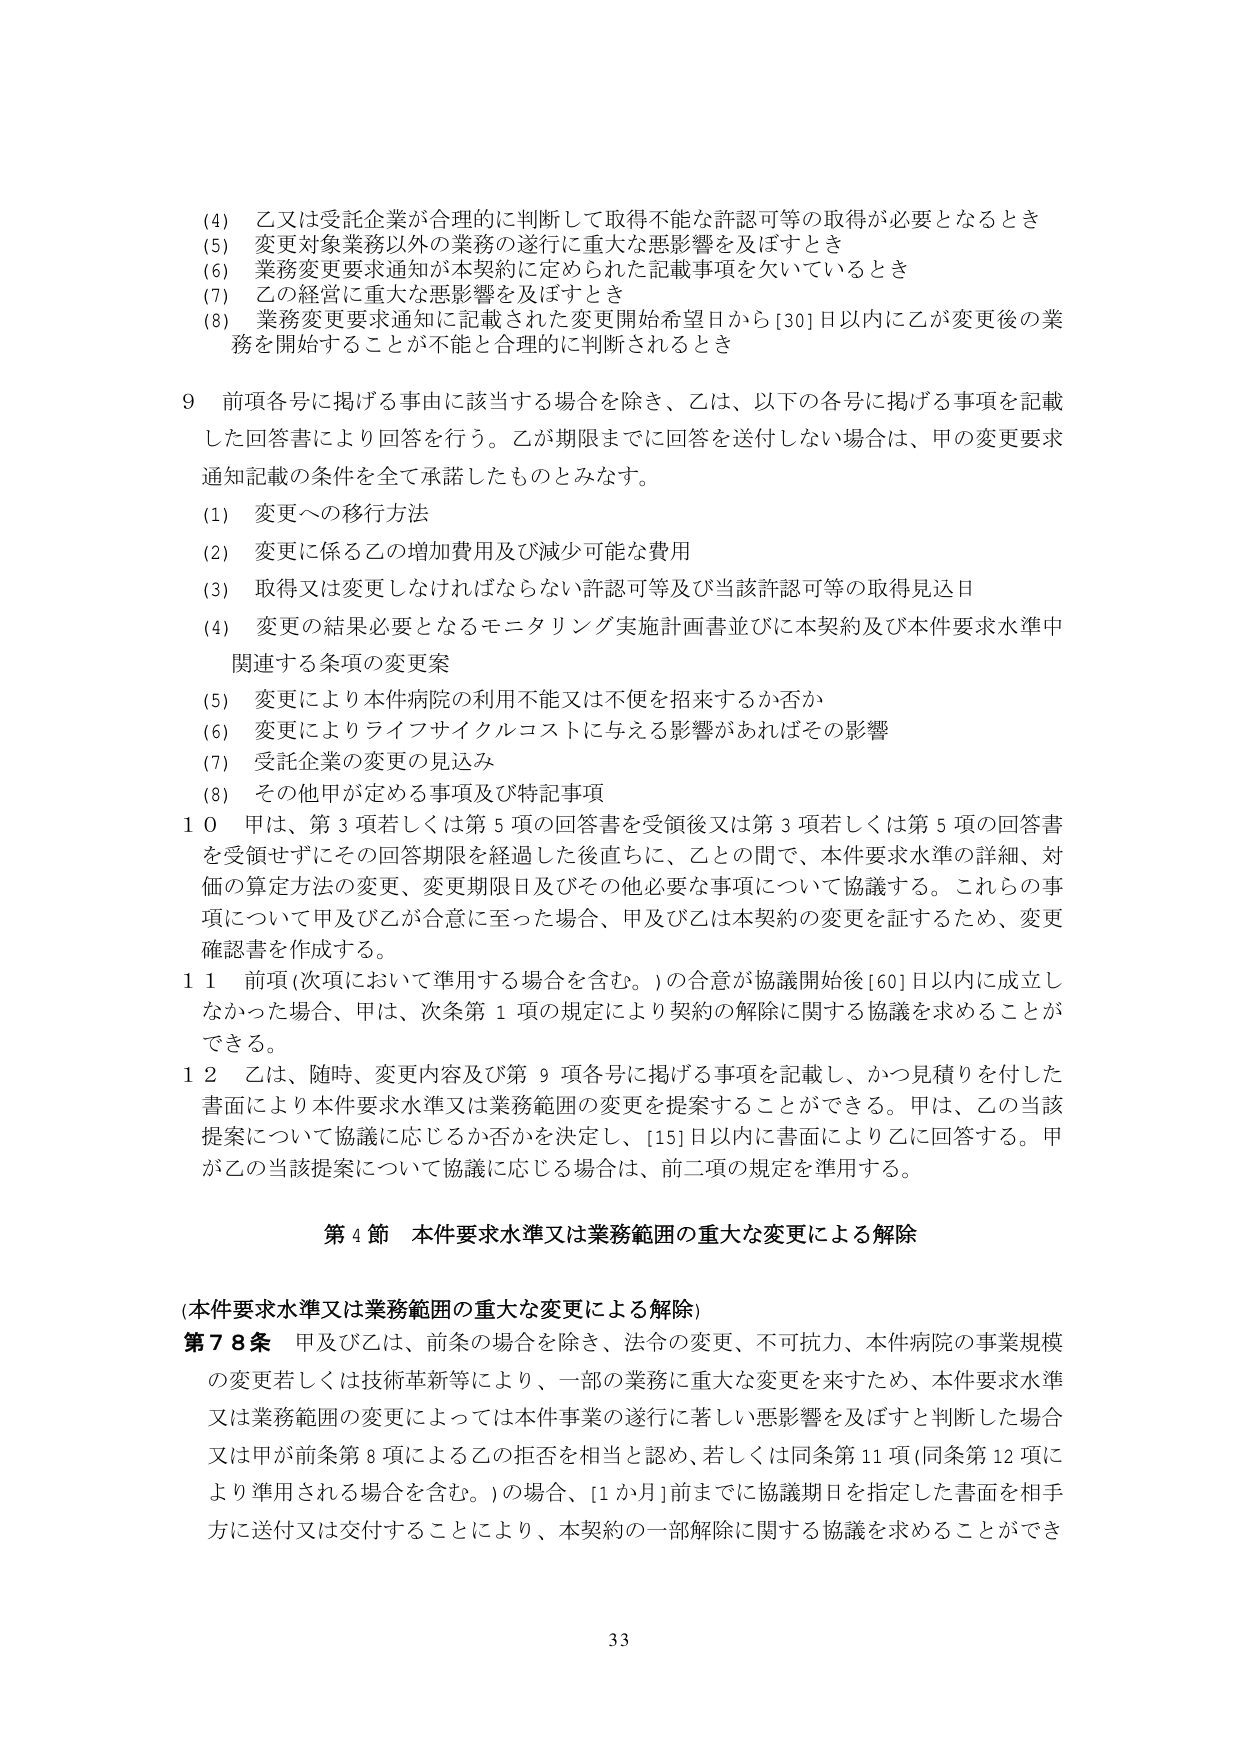
(4) 乙又は受託企業が合理的に判断して取得不能な許認可等の取得が必要となるとき
(5) 変更対象業務以外の業務の遂行に重大な悪影響を及ぼすとき
(6) 業務変更要求通知が本契約に定められた記載事項を欠いているとき
(7) 乙の経営に重大な悪影響を及ぼすとき
(8) 業務変更要求通知に記載された変更開始希望日から[30]日以内に乙が変更後の業務を開始することが不能と合理的に判断されるとき

9 前項各号に掲げる事由に該当する場合を除き、乙は、以下の各号に掲げる事項を記載した回答書により回答を行う。乙が期限までに回答を送付しない場合は、甲の変更要求通知記載の条件を全て承諾したものとみなす。
(1) 変更への移行方法
(2) 変更に係る乙の増加費用及び減少可能な費用
(3) 取得又は変更しなければならない許認可等及び当該許認可等の取得見込日
(4) 変更の結果必要となるモニタリング実施計画書並びに本契約及び本件要求水準中関連する条項の変更案
(5) 変更により本件病院の利用不能又は不便を招来するか否か
(6) 変更によりライフサイクルコストに与える影響があればその影響
(7) 受託企業の変更の見込み
(8) その他甲が定める事項及び特記事項

10 甲は、第3項若しくは第5項の回答書を受領後又は第3項若しくは第5項の回答書を受領せずその回答期限を経過した後直ちに、乙との間で、本件要求水準の詳細、対価の算定方法の変更、変更期限日及びその他必要な事項について協議する。これらの事項について甲及び乙が合意に至った場合、甲及び乙は本契約の変更を証するため、変更確認書を作成する。

11 前項（次項において準用する場合を含む。）の合意が協議開始後[60]日以内に成立しなかった場合、甲は、次条第1項の規定により契約の解除に関する協議を求めることができる。

12 乙は、随時、変更内容及び第9項各号に掲げる事項を記載し、かつ見積りを付した書面により本件要求水準又は業務範囲の変更を提案することができる。甲は、乙の当該提案について協議に応じるか否かを決定し、[15]日以内に書面により乙に回答する。甲が乙の当該提案について協議に応じる場合は、前二項の規定を準用する。

第4節 本件要求水準又は業務範囲の重大な変更による解除

（本件要求水準又は業務範囲の重大な変更による解除）
第78条 甲及び乙は、前条の場合を除き、法令の変更、不可抗力、本件病院の事業規模の変更若しくは技術革新等により、一部の業務に重大な変更を来すため、本件要求水準又は業務範囲の変更によっては本件事業の遂行に著しい悪影響を及ぼすと判断した場合又は甲が前条第8項による乙の拒否を相当と認め、若しくは同条第11項（同条第12項により準用される場合を含む。）の場合、[1か月]前までに協議期日を指定した書面を相手方に送付又は交付することにより、本契約の一部解除に関する協議を求めることができる

33